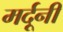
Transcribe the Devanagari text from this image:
मर्दूनी